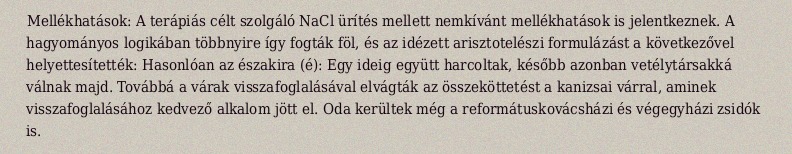
Mellékhatások: A terápiás célt szolgáló NaCl ürítés mellett nemkívánt mellékhatások is jelentkeznek. A hagyományos logikában többnyire így fogták föl, és az idézett arisztotelészi formulázást a következővel helyettesítették: Hasonlóan az északira (é): Egy ideig együtt harcoltak, később azonban vetélytársakká válnak majd. Továbbá a várak visszafoglalásával elvágták az összeköttetést a kanizsai várral, aminek visszafoglalásához kedvező alkalom jött el. Oda kerültek még a reformátuskovácsházi és végegyházi zsidók is.